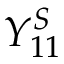
Y _ { 1 1 } ^ { S }